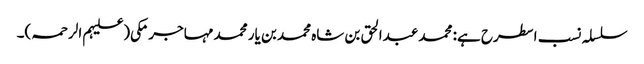
سلسلہ نسب اسطرح ہے: محمد عبدالحق بن شاہ محمد بن یار محمد مہاجر مکی(علیہم الرحمہ)۔